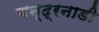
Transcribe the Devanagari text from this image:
चन्द्रनाडी